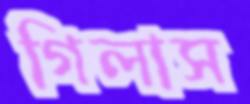
গিলাস